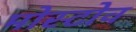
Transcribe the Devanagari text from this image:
मोस्टोव